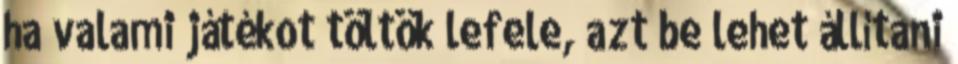
ha valami játékot töltök lefele, azt be lehet állítani